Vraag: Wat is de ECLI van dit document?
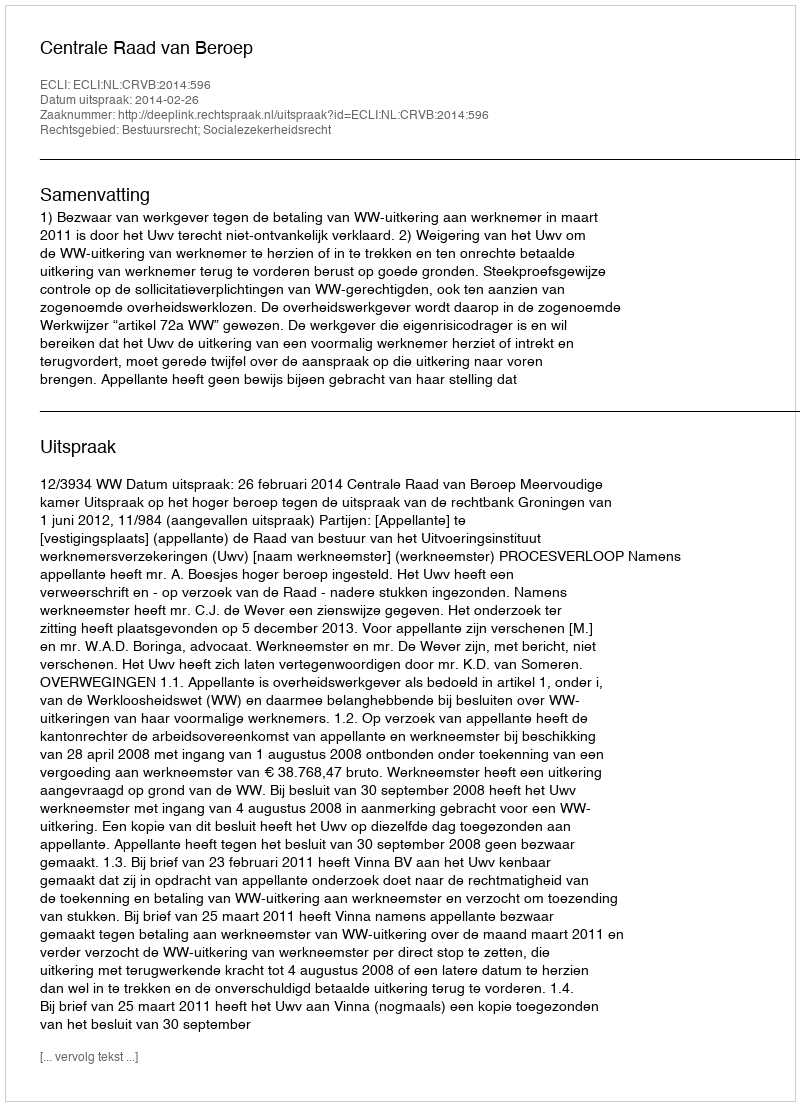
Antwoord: ECLI:NL:CRVB:2014:596